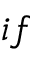
i f